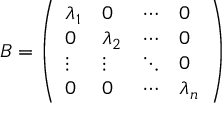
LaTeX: B = { \left( \begin{array} { l l l l } { \lambda _ { 1 } } & { 0 } & { \cdots } & { 0 } \\ { 0 } & { \lambda _ { 2 } } & { \cdots } & { 0 } \\ { \vdots } & { \vdots } & { \ddots } & { 0 } \\ { 0 } & { 0 } & { \cdots } & { \lambda _ { n } } \end{array} \right) }